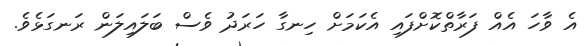
އެ ވާހަ އެއް ފަރާތްކޮށްފައި އެކަމަށް ހިނގާ ހަރަދު ވެސް ބަލައިލަން ރަނގަޅެވެ.